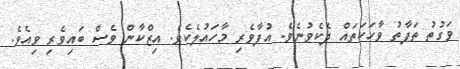
ވަގުތު ތަފާތު ވާހަކަތައް ދެކެވުނެވެ. އުފާވެރި މާހައުލެކެވެ. އިޒްކާން ވެސް ބައިވެރި ވިއެވެ.